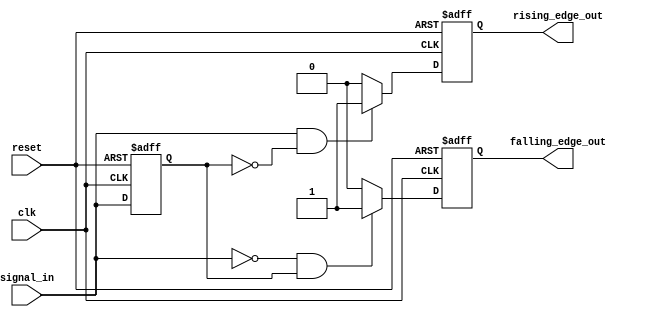
module pulse_edge_detector (
    input wire clk,                // Clock signal
    input wire reset,              // Asynchronous reset signal
    input wire signal_in,          // Input signal to detect edges
    output reg rising_edge_out,    // Output pulse for rising edge
    output reg falling_edge_out     // Output pulse for falling edge
);

    // Internal signal to hold the previous state of signal_in
    reg previous_state;

    // Edge detection logic
    always @(posedge clk or posedge reset) begin
        if (reset) begin
            previous_state <= 1'b0; // Initialize previous state to low
            rising_edge_out <= 1'b0; // Initialize output to low
            falling_edge_out <= 1'b0; // Initialize output to low
        end else begin
            // Detect rising edge
            if (signal_in && !previous_state) begin
                rising_edge_out <= 1'b1; // Set rising edge pulse
            end else begin
                rising_edge_out <= 1'b0; // Reset rising edge pulse
            end
            
            // Detect falling edge
            if (!signal_in && previous_state) begin
                falling_edge_out <= 1'b1; // Set falling edge pulse
            end else begin
                falling_edge_out <= 1'b0; // Reset falling edge pulse
            end
            
            // Update previous state
            previous_state <= signal_in;
        end
    end

endmodule